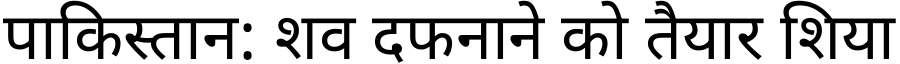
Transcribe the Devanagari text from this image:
पाकिस्तान: शव दफनाने को तैयार शिया